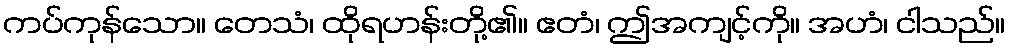
ကပ်ကုန်သော။ တေသံ၊ ထိုရဟန်းတို့၏။ ဧတံ၊ ဤအကျင့်ကို။ အဟံ၊ ငါသည်။